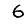
Digit: 6